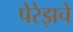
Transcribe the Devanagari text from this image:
पेरेझचे